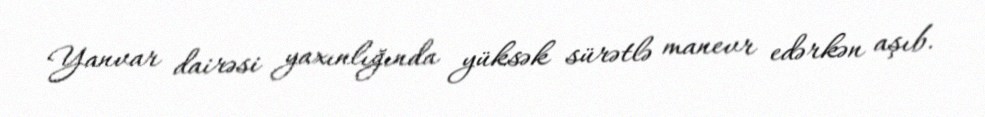
Yanvar dairəsi yaxınlığında yüksək sürətlə manevr edərkən aşıb.